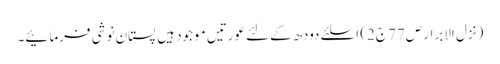
(نزل الابرار ص77 ج2) اسلئے دودھ کےلئے عورتیں موجود ہیں پستان نوشی فرمائیے۔